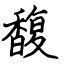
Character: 馥